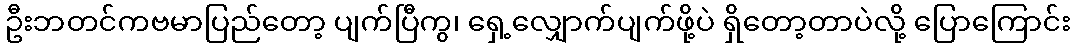
ဦးဘတင်ကဗမာပြည်တော့ ပျက်ပြီကွ၊ ရှေ့လျှောက်ပျက်ဖို့ပဲ ရှိတော့တာပဲလို့ ပြောကြောင်း